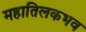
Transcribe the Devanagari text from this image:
महातिलकभव